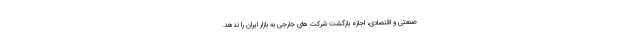
صنعتی و اقتصادی، اجازه بازگشت شرکت های خارجی به بازار ایران را ندهد.